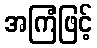
အကြံဖြင့်